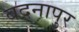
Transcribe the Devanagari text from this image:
बदनापुर